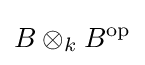
B\otimes _{k}B^{\text{op}}